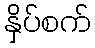
နှိပ်စက်